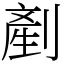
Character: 剷